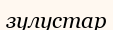
зулустар